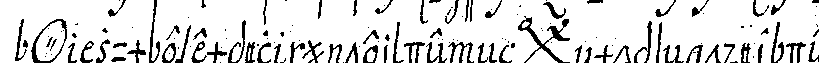
*o*  zum exempel unterdeneN *bigx* mopseN oder der